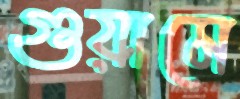
গুয়ামে